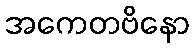
အကေတဗိနော